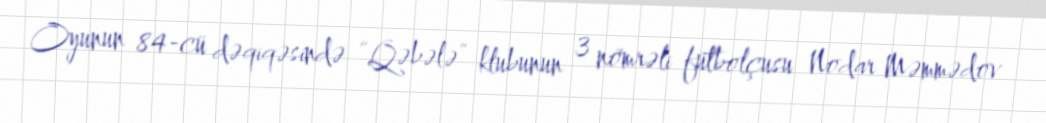
Oyunun 84-cü dəqiqəsində “Qəbələ” klubunun 3 nömrəli futbolçusu Nodar Məmmədov